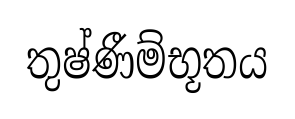
තුෂ්ණීම්භූතය